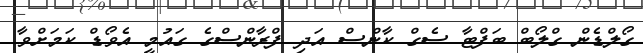
ގޯލްޑެން ގްލޯބް ބަފްޓާ ސެގް ކާންސް އަދި ފްރާންސްގެ ގައުމީ އެވޯޑް ކަމަށްވާ